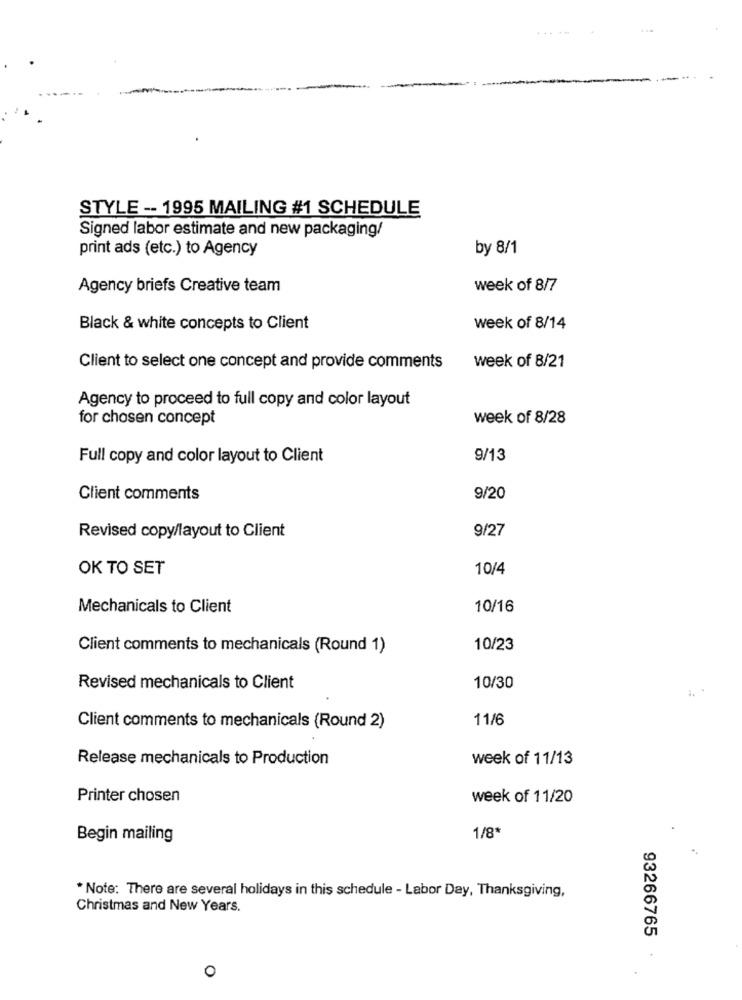
STYLE -- 1995 MAILING #1 SCHEDULE
Signed labor estimate and new packaging/
print ads (etc.) to Agency
by 8/1
Agency briefs Creative team
week of 8/7
Black & white concepts to Client
week of 8/14
Client to select one concept and provide comments
week of 8/21
Agency to proceed to full copy and color layout
for chosen concept
week of 8/28
Full copy and color layout to Client
9/13
Client comments
9/20
9/27
Revised copy/layout to Client
OK TO SET
10/4
Mechanicals to Client
10/16
Client comments to mechanicals (Round 1)
10/23
Revised mechanicals to Client
10/30
11/6
Client comments to mechanicals (Round 2)
Release mechanicals to Production
week of 11/13
Printer chosen
week of 11/20
Begin mailing
1/8*
* Note: There are several holidays in this schedule - Labor Day, Thanksgiving,
Christmas and New Years.
93266765
0